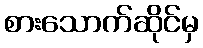
စားသောက်ဆိုင်မှ